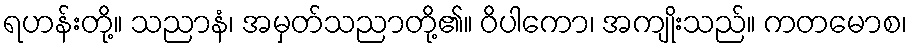
ရဟန်းတို့။ သညာနံ၊ အမှတ်သညာတို့၏။ ဝိပါကော၊ အကျိုးသည်။ ကတမောစ၊